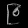
Digit: ၉